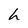
Character: h